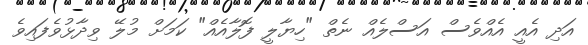
އަދި އެއީ އެއްވެސް އަސްލެއް ނެތް "ހިޔާލީ ފޮލާއެއް" ކަމަށް މުލޭ ވިދާޅުވެފައިވެ